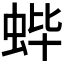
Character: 𬠃